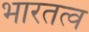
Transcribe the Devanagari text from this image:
भारतत्व